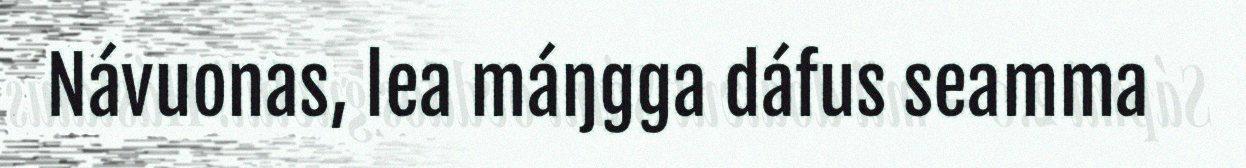
Návuonas, lea máŋgga dáfus seamma